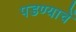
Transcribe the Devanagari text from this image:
पडण्याचें